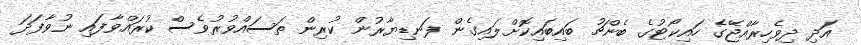
އަދި ދިވެހިރާއްޖޭގެ ހައިކޯޓުގެ ބެންޗު ބައިބައިކޮށްލައިގެން ފަނޑިޔާރުން ކުރިން ތަސައްވުރުވެސް ކުރައްވާފައި ނުވާފަދަ